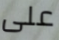
على